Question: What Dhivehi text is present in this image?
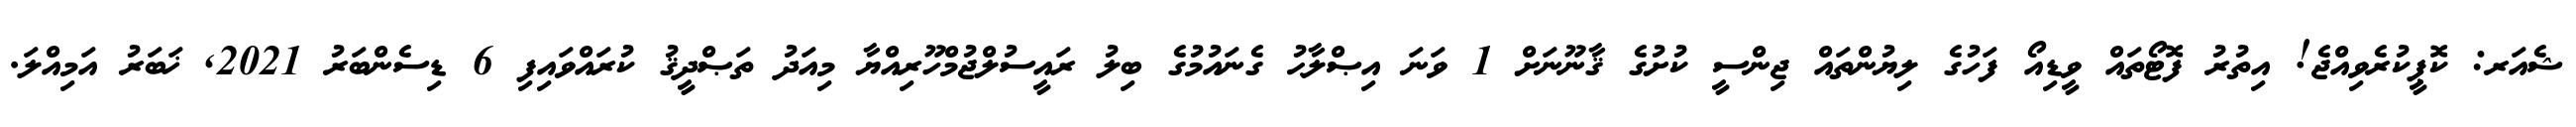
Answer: ޝެއަރ: ކޮޕީކުރެވިއްޖެ! އިތުރު ފޮޓޯތައް ވީޑިއޯ ފަހުގެ ލިޔުންތައް ޖިންސީ ކުށުގެ ޤާނޫނަށް 1 ވަނަ އިޞްލާޙު ގެނައުމުގެ ބިލު ރައީސުލްޖުމްހޫރިއްޔާ މިއަދު ތަޞްދީޤު ކުރައްވައިފި 6 ޑިސެންބަރު 2021, ޚަބަރު އަމިއްލަ.